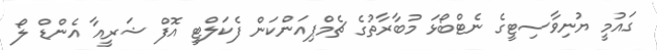
ގައުމީ ޔުނިވާސިޓީގެ ނެޓްބޯޅަ މުބާރާތުގެ ޗެމްޕިއަންކަން ފެކަލްޓީ އޮފް ޝަރީއާ އެންޑް ލޯ